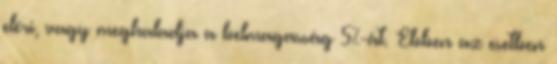
eléri, vagy meghaladja a belmagasság 5%-át. Ebben az esetben